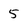
Character: 5